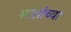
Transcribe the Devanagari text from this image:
मातांच्या